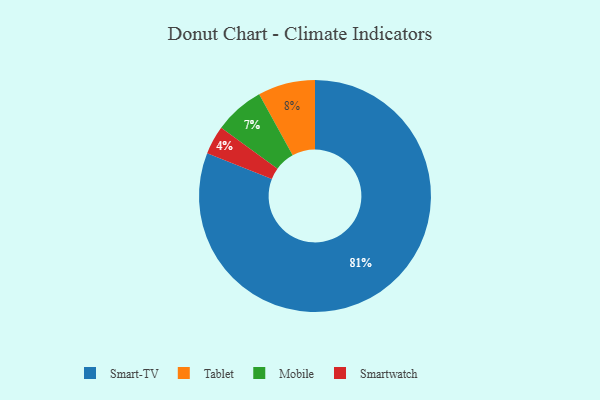
{"axis": {"x": "Category", "y": "Percentage"}, "legend": ["Mobile", "Smart-TV", "Smartwatch", "Tablet"], "data": [{"x": "Tablet", "y": 8, "type": "Tablet"}, {"x": "Mobile", "y": 7, "type": "Mobile"}, {"x": "Smart-TV", "y": 81, "type": "Smart-TV"}, {"x": "Smartwatch", "y": 4, "type": "Smartwatch"}]}